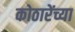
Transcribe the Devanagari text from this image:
कोठारेंच्या